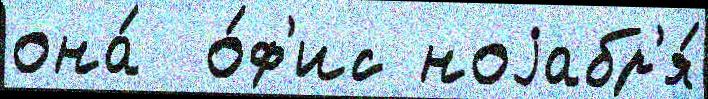
она́  о́ф'ис ноjабр'я́